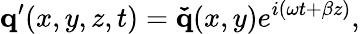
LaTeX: \mathbf{q}^{\prime}(x,y,z,t)=\mathbf{\check{q}}(x,y)e^{i(\omega t+\beta z)},